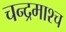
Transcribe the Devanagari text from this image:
चन्द्रमाश्च